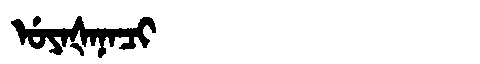
Manchu: ᡠᠶᠠᡧᠠᠨᠠᠴᡳ
Romanization: UYAŠANACI